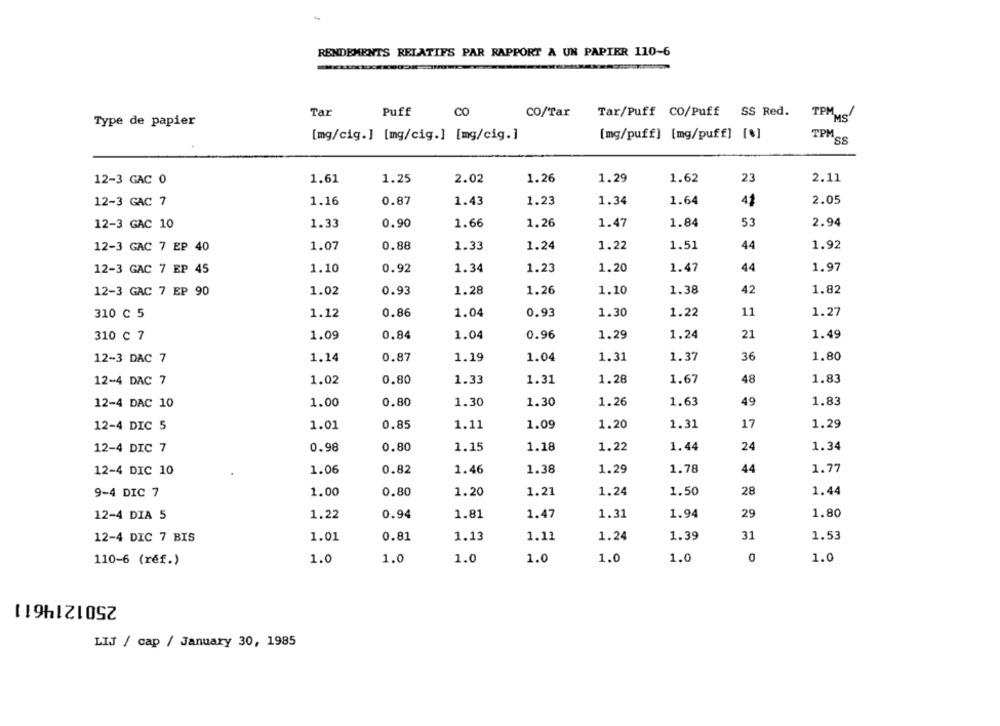
RENDEMENTS RELATIFS PAR RAPPORT A UN PAPIER 110-6
Tar
Puff
CO
co/Tar
Tar/Puff CO/Puff SS Red.
Type de papier
TPMMS
[mg/cig.] [mg/cig.] [mg/cig.]
[mg/puff] [mg/puff] [*]
TPM
12-3 GAC 0
1.61
1.25
2.02
1.26
1.29
1.62
23
2.11
12-3 GAC 7
1.16
0.87
1.43
1.23
1.34
1.64
41
2.05
12-3 GAC 10
1.33
0.90
1.66
1.26
1.47
1.84
53
2.94
12-3 GAC 7 EP 40
1.07
0.88
1.33
1.24
1.22
1.51
44
1.92
1.10
1.23
1.20
1.47
44
1.97
12-3 GAC 7 EP 45
0.92
1.34
0.93
1.28
1.26
1.10
1.38
42
1.82
12-3 GAC 7 EP 90
1.02
1.12
0.86
1.04
0.93
1.30
1.22
11
1.27
310 C 5
1.24
21
310 C 7
1.09
0.84
1.04
0.96
1.29
1.49
36
1.80
12-3 DAC 7
1.14
0.87
1.19
1.04
1.31
1.37
48
12-4 DAC 7
1.02
0.80
1.33
1.31
1.28
1.67
1.83
12-4 DAC 10
1.00
0.80
1.30
1.30
1.26
1.63
49
1.83
12-4 DIC 5
1.01
0.85
1.11
1.09
1.20
1.31
17
1.29
12-4 DIC 7
0.98
0.80
1.15
1.18
1.22
1.44
24
1.34
12-4 DIC 10
1.06
0.82
1.46
1.38
1.29
1.78
44
1.77
1.00
0.80
1.20
1.21
1.24
1.50
28
1.44
9-4 DIC 7
12-4 DIA 5
1.22
0.94
1.81
1.47
1.31
1.94
29
1.80
1.01
0.81
1.13
1.11
1.24
1.39
31
1.53
12-4 DIC 7 BIS
1.0
1.0
0
1.0
110-6 (réf.)
1.0
1.0
1.0
1.0
2501214611
LIJ / cap / January 30, 1985